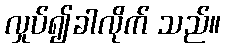
လှုပ်၍ခါလိုက် သည်။